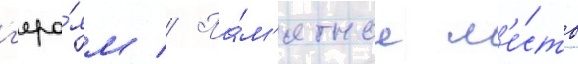
г'еро́ям // Па́м'ятное м'е́сто